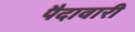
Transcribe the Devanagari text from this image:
पैदावारी